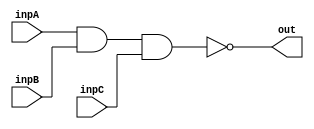
`timescale 1ns/1ns
module NAND3( input inpA, inpB, inpC, output out);

	nand #(15,12) (out, inpA, inpB, inpC);
endmodule